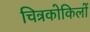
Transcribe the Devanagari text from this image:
चित्रकोकिलों